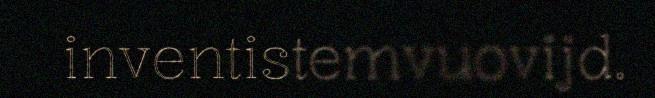
inventistemvuovijd.